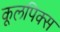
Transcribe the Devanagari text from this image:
कूलपिक्स